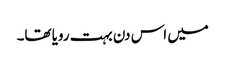
میں اس دن بہت رویا تھا۔